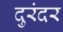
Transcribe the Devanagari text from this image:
दुरंदर